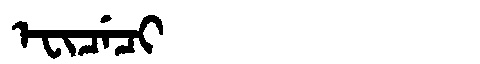
Manchu: ᡝᠸᡳᠴᡝᠴᡳ
Romanization: EFICECI